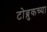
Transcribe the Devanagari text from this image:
टोब्रुकच्या